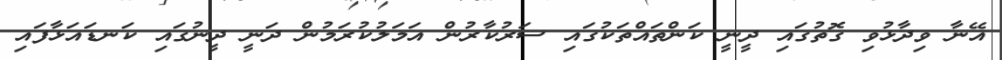
އޭނާ ވިދާޅުވި ގޮތުގައި ދީނީ ކަންތައްތަކުގައި ސަރުކާރުން އަމަލުކުރަމުން ދަނީ ދީނުގައި ކަނޑައަޅާފައި